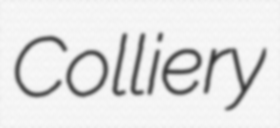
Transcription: Colliery